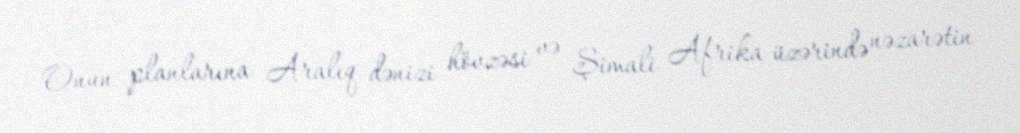
Onun planlarına Aralıq dənizi hövzəsi və Şimali Afrika üzərində nəzarətin